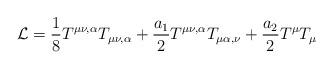
LaTeX: \begin{align*}{\cal L} = \frac{1}{8} T^{\mu\nu,\alpha} T_{\mu\nu,\alpha} +\frac{a_1}{2} T^{\mu\nu,\alpha} T_{\mu\alpha,\nu} + \frac{a_2}{2}T^\mu T_\mu\end{align*}